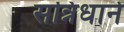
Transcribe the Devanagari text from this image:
सन्निधाने